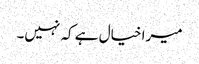
میرا خیال ہے کہ نہیں۔